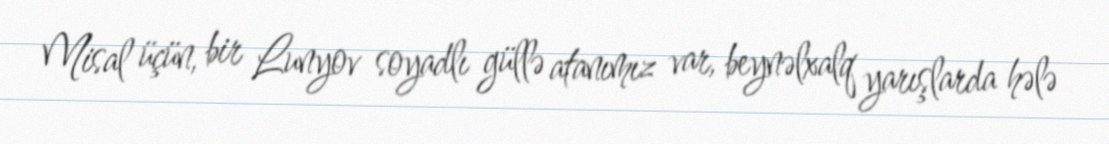
Misal üçün, bir Lunyov soyadlı güllə atanımız var, beynəlxalq yarışlarda hələ